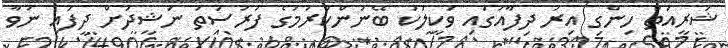
ޝަރީއަތް ހިންގި އިރު ދިފާއުގައި ވަކީލަކު ބޭނުންކުރުމުގެ ފުރުސަތު ނަޝީދަށް ދީފައި ނުވާ